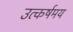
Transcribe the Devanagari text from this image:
उत्कर्षमय